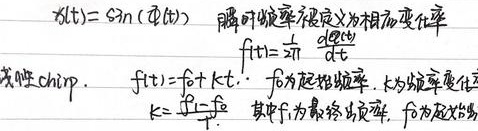
\(x(t)=\sin(\varphi(t))\)。瞬时频率被定义为相位变化率\(f(t)=\frac{1}{2\pi}\frac{d\varphi(t)}{dt}\)。
线性 chirp：\(f(t)=f_{0}+kt\)，\(f_{0}\)为起始频率，\(k\)为频率变化率\(k = \frac{f_{1}-f_{0}}{T}\)，其中\(f_{1}\)为最终频率，\(f_{0}\)为起始频率。